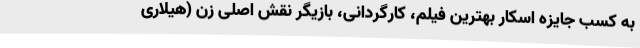
به کسب جایزه اسکار بهترین فیلم، کارگردانی، بازیگر نقش اصلی زن (هیلاری